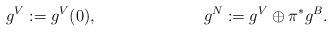
LaTeX: \begin{align*} g^{V}:=g^{V}(0),&& g^N:=g^{V}\oplus \pi^*g^B.\end{align*}